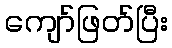
ကျော်ဖြတ်ပြီး